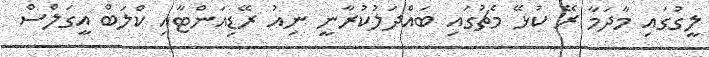
ލީގުގައި މާދަމާ ރޭ ކުޅޭ މެޗުގައި ބައްދަލުކުރާނީ ނިއު ރޭޑިއަންޓާއި ކްލަބް އީގަލްސް